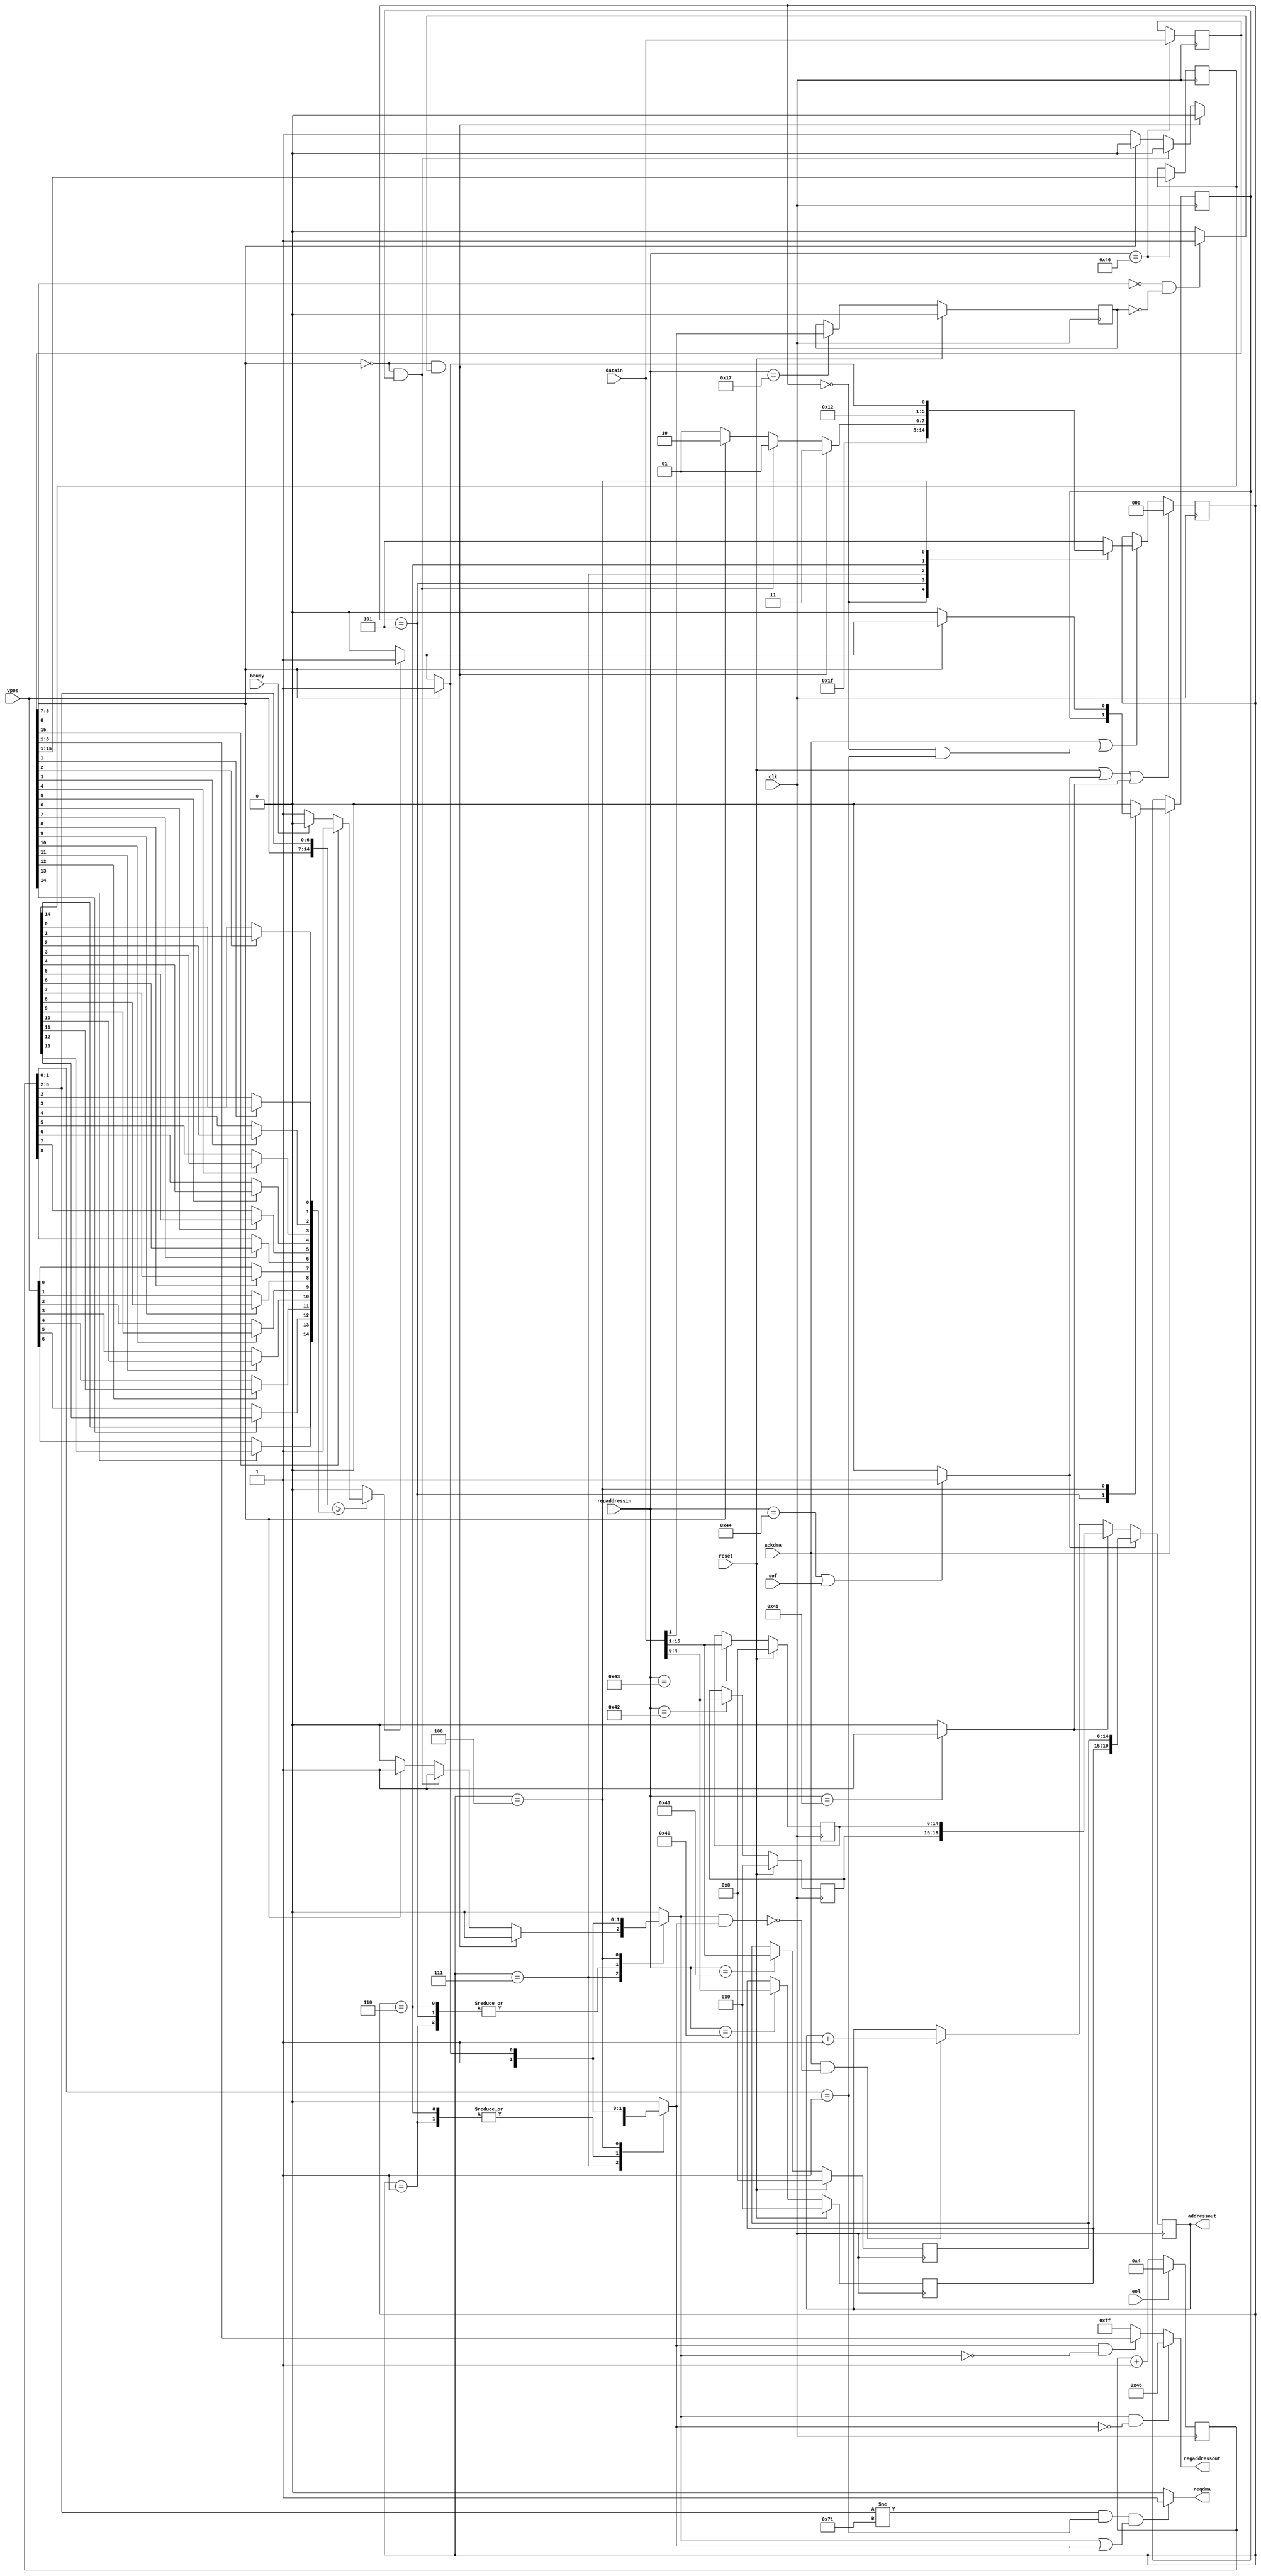
// Copyright 2006, 2007 Dennis van Weeren
//
// This file is part of Minimig
//
// Minimig is free software; you can redistribute it and/or modify
// it under the terms of the GNU General Public License as published by
// the Free Software Foundation; either version 3 of the License, or
// (at your option) any later version.
//
// Minimig is distributed in the hope that it will be useful,
// but WITHOUT ANY WARRANTY; without even the implied warranty of
// MERCHANTABILITY or FITNESS FOR A PARTICULAR PURPOSE.  See the
// GNU General Public License for more details.
//
// You should have received a copy of the GNU General Public License
// along with this program.  If not, see <http://www.gnu.org/licenses/>.
//
//
//
// This is the Copper (part of the Agnus chip)
//
// 24-05-2005	-started coding (created all user accessible registers)
// 25-05-2005	-added beam counter compare logic
// 29-05-2005	-added blitter finished disable logic
//				-added copper danger/address range check logic
//				-added controlling state machine
//				-adapted to use reqdma/ackdma model
//				-first finished version
// 11-09-2005	-added proper reset for copper location registers
// 24-09-2005	-fixed bug, when an illegal register is loaded by MOVE,
//				 the copper must halt until the next strobe or vertical blank.
//				 the copper now does this properly
// 02-10-2005	-modified skip instruction to only skip MOVE instructions.
// 19-10-2005	-replaced vertb (vertical blank) signal by sof (start of frame)
// 07-12-2005	-added dummy cycle after copper wakeup, this is needed for copperlists
//				 that wait for vertical beamcounter rollover ($FFDF,FFFE)
//				 The dummy cycle is indicated by making both selins and selreg high.
// 26-12-2005	-added exception for last cycle of horizontal line, this cycle is not used by copper
//
// JB:
// 2008-03-03	- ECS copper danger behaviour
// 2008-07-08	- cleanup
// 2008-07-17	- real Amiga copper timing (thanks to Toni Wilen for help)
//
// Although I have spent a lot of time trying to figure out the real behaviour of Amiga hardware this solution is far from complete.

module copper
(
	input 	clk,	 					//bus clock
	input 	reset,	 					//reset
	output	reg reqdma,				//copper requests dma cycle
	input	ackdma,						//agnus dma priority logic grants dma cycle
	input	sof,						//start of frame input
	input	eol,						//start of line input
	input	bbusy,						//blitter busy flag input
	input	[7:0]vpos,				//vertical beam counter
	input 	[15:0]datain,	    		//bus data in
	input 	[8:1]regaddressin,		//register address inputs
	output 	reg [8:1]regaddressout, 	//register address outputs
	output 	reg [20:1]addressout 		//chip address outputs
);

//register names and adresses		
parameter COP1LCH=9'h080;
parameter COP1LCL=9'h082;
parameter COP2LCH=9'h084;
parameter COP2LCL=9'h086;
parameter COPCON=9'h02e;
parameter COPINS=9'h08c;
parameter COPJMP1=9'h088;
parameter COPJMP2=9'h08a;

//local signals
reg		[8:0]hpos;		//horizontal beam counter

reg		[20:16]cop1lch;	//copper location register 1
reg		[15:1]cop1lcl;	//copper location register 1
reg		[20:16]cop2lch;	//copper location register 2
reg		[15:1]cop2lcl;	//copper location register 2
reg		cdang;				//copper danger bit
reg		[15:1]ir1;		//instruction register 1
reg		[15:0]ir2;		//instruction register 2
reg		[2:0]copperstate;	//current state of copper state machine
reg		[2:0]coppernext;	//next state of copper state machine

reg		strobe1;			//strobe 1 
reg		strobe2;			//strobe 2 
reg		beammatch;			//true if beamcounters >= value in instruction register
reg		illegalreg;			//illegal register (MOVE instruction)
reg		skipmove;			//skip move instruction latch
reg		selins;				//load instruction register (register address out = COPINS)
reg		selreg;				//load chip register address, when both selins and selreg are active
							//a dummy cycle is executed
reg		skip;				//skip next move instruction (input to skipmove register)

//--------------------------------------------------------------------------------------

//local horizontal counter - to compensate for WAIT instruction delay it is advanced 4 lores pixels
//the last cycle in line is not usable by copper so the max hpos visible to copper is $E2
always @(posedge clk)
	if (eol)
		hpos = 4;
	else
		hpos = hpos + 1;

//write copper location register 1 high and low word
always @(posedge clk)
	if(reset)
		cop1lch[20:16]<=0;
	else if(regaddressin[8:1]==COP1LCH[8:1])
		cop1lch[20:16]<=datain[4:0];
		
always @(posedge clk)
	if(reset)
		cop1lcl[15:1]<=0;
	else if(regaddressin[8:1]==COP1LCL[8:1])
		cop1lcl[15:1]<=datain[15:1];

//write copper location register 2 high and low word
always @(posedge clk)
	if(reset)
		cop2lch[20:16]<=0;
	else if(regaddressin[8:1]==COP2LCH[8:1])
		cop2lch[20:16]<=datain[4:0];

always @(posedge clk)
	if(reset)
		cop2lcl[15:1]<=0;
	else if(regaddressin[8:1]==COP2LCL[8:1])
		cop2lcl[15:1]<=datain[15:1];

//write copcon register (copper danger bit)
always @(posedge clk)
	if(reset)
		cdang<=0;
	else if(regaddressin[8:1]==COPCON[8:1])
		cdang<=datain[1];

//copper instruction registers ir1 and ir2
always @(posedge clk)
	if(regaddressin[8:1]==COPINS[8:1])
	begin
		ir1[15:1]<=ir2[15:1];
		ir2[15:0]<=datain[15:0];
	end

//--------------------------------------------------------------------------------------

//chip address pointer (or copper program counter) controller
always @(posedge clk)
	if (strobe1)//load pointer with location register 1
		addressout[20:1] <= {cop1lch[20:16],cop1lcl[15:1]};
	else if (strobe2)//load pointer with location register 2
		addressout[20:1] <= {cop2lch[20:16],cop2lcl[15:1]};
	else if (ackdma && !(selins && selreg))//increment address pointer (when not dummy cycle) 
		addressout[20:1] <= addressout[20:1] + 1;

//--------------------------------------------------------------------------------------

//regaddress output select
//if selins=1 the address of the copper instruction register
//is sent out (not strictly necessary as we can load copins directly. However, this is 
//more according to what happens in a real amiga... I think), else the contents of
//ir2[8:1] is selected 
//(if you ask yourself: IR2? is this a bug? then check how ir1/ir2 are loaded in this design)
always @(selins or selreg or ir2)
	if (selins && !selreg) //load our instruction register
		regaddressout[8:1] = COPINS[8:1];
	else if (selreg && !selins)//load register in move instruction
		regaddressout[8:1] = ir2[8:1];
	else
		regaddressout[8:1] = 8'hFF;//during dummy cycle null register address is present

//detect illegal register access
always @(ir2 or cdang)
	if((ir2[8:7] == 2'b00) && (cdang==0))//$000 -> $07E illegal if cdang=0
		illegalreg = 1;
	else//$080 -> $1FE always allowed
		illegalreg = 0;

//--------------------------------------------------------------------------------------

//strobe1 (also triggered by sof, start of frame)
always @(regaddressin or sof)
	if( (regaddressin[8:1]==COPJMP1[8:1]) || sof )
		strobe1=1;
	else
		strobe1=0;

//strobe2
always @(regaddressin)
	if(regaddressin[8:1]==COPJMP2[8:1])
		strobe2=1;
	else
		strobe2=0;

//--------------------------------------------------------------------------------------

//beam compare circuitry
//when the mask for a compare bit is 1, the beamcounter is compared with that bit,
//when the mask is 0, the compare bit is replaced with the corresponding beamcounter bit
//itself, thus the compare is always true.
//the blitter busy flag is also checked if blitter finished disable is false

wire [8:2]horcmp;
wire [7:0]vercmp;

//construct compare value for horizontal beam counter (4 lores pixels resolution)
assign horcmp[2]=(ir2[1])?ir1[1]:hpos[2];
assign horcmp[3]=(ir2[2])?ir1[2]:hpos[3];
assign horcmp[4]=(ir2[3])?ir1[3]:hpos[4];
assign horcmp[5]=(ir2[4])?ir1[4]:hpos[5];
assign horcmp[6]=(ir2[5])?ir1[5]:hpos[6];
assign horcmp[7]=(ir2[6])?ir1[6]:hpos[7];
assign horcmp[8]=(ir2[7])?ir1[7]:hpos[8];

//construct compare value for vertical beam counter (1 line resolution)
assign vercmp[0]=(ir2[8])?ir1[8]:vpos[0];
assign vercmp[1]=(ir2[9])?ir1[9]:vpos[1];
assign vercmp[2]=(ir2[10])?ir1[10]:vpos[2];
assign vercmp[3]=(ir2[11])?ir1[11]:vpos[3];
assign vercmp[4]=(ir2[12])?ir1[12]:vpos[4];
assign vercmp[5]=(ir2[13])?ir1[13]:vpos[5];
assign vercmp[6]=(ir2[14])?ir1[14]:vpos[6];
assign vercmp[7]=ir1[15];
 
//final beamcounter compare logic 
//(also takes bbusy/blitter finished disable into account)
always @(hpos or vpos or vercmp or horcmp or ir2[15] or bbusy)
	if({vpos[7:0],hpos[8:2]}>={vercmp[7:0],horcmp[8:2]})
	begin
		if(ir2[15])//blitter finished disabled
			beammatch=1;
		else if(!bbusy)//blitter is finished
			beammatch=1;
		else//blitter not finished yet
			beammatch=0;
	end
	else
		beammatch=0;

//--------------------------------------------------------------------------------------
    
//copper states
parameter RESET1   = 3'b000;
parameter RESET2   = 3'b001;
parameter FETCH1   = 3'b101;
parameter FETCH2   = 3'b111;
parameter DUMMY    = 3'b110;
parameter WAITSKIP = 3'b100;

//copper state machine and skipmove latch
always @(posedge clk)
	if (reset || strobe1 || strobe2)//on strobe or reset fetch first instruction word
		copperstate <= RESET1;
	else if (ackdma || (copperstate==RESET1 && hpos[1:0]==2'b01))//if granted dma cycle go to next state
		copperstate <= coppernext;

always @(posedge clk)
	if (ackdma)//if granted dma cycle go to next state
		skipmove <= skip;

always @(copperstate or ir2 or beammatch or illegalreg or skipmove)
begin
	case(copperstate)
	
		//when COPJMPx is written there is 2 cycle delay before data from new location is read to COPINS
		//usually first cycle is a read of the next instruction to COPINS or bitplane DMA,
		//the second is dma free cycle (it's a dummy cycle requested by copper but not used to transfer data)
		
		//even cycle without dma slot
		RESET1:
		begin
			skip = 0;
			selins = 0;
			selreg = 0;
			coppernext = RESET2;
		end
		
		//dummy cycle with dma slot allocation
		RESET2:
		begin
			skip = 0;
			selins = 1;	//dummy cycle (setting both selins and selreg prevents location pointer from incrementation)
			selreg = 1;
			coppernext = FETCH1;
		end
		
		//fetch first instruction word
		FETCH1:
		begin
			skip = skipmove;
			selins = 1;
			selreg = 0;
			coppernext = FETCH2;
		end

		//fetch second instruction word, skip or do MOVE instruction or halt copper
		FETCH2:			
		begin
			if (!ir2[0] && illegalreg)//illegal MOVE instruction, halt copper
			begin
				skip = 0;
				selins = 0;
				selreg = 0;
				coppernext = FETCH2;
			end
			else if (!ir2[0] && skipmove)//skip this MOVE instruction
			begin
				skip = 0;
				selins = 1;
				selreg = 0;
				coppernext = FETCH1;
			end
			else if(!ir2[0])//MOVE instruction
			begin
				skip = 0;
				selins = 0;
				selreg = 1;
				coppernext = FETCH1;
			end
			else//fetch second instruction word of WAIT or SKIP instruction
			begin
				skip = 0;
				selins = 1;
				selreg = 0;
				coppernext = DUMMY;
			end
		end
		
		//both SKIP and WAIT have the same timing when WAIT is immediatelly complete
		//both this instructions complete in 4 cycles and these cycles must be allocated dma cycles
		//first cycle seems to be dummy
		DUMMY:
		begin
			skip = 0;
			selins = 1;//both selins and selreg high --> this is a dummy cycle
			selreg = 1;//both selins and selreg high --> this is a dummy cycle
			coppernext = WAITSKIP;
		end
		
		//second cycle of WAIT or SKIP (allocated dma)
		//WAIT or SKIP instruction
		WAITSKIP:
		begin
			if (!ir2[0])//WAIT instruction
			begin
				if (beammatch)//wait is over, fetch next instruction
				begin
					skip = 0;
					selins = 1;//both selins and selreg high --> this is a dummy cycle
					selreg = 1;//both selins and selreg high --> this is a dummy cycle
					coppernext = FETCH1;
				end
				else//still waiting
				begin
					skip = 0;
					selins = 0;
					selreg = 0;
					coppernext = WAITSKIP;
				end
			end
			else//SKIP instruction
			begin
				if (beammatch)//compare is true, fetch next instruction and skip it if it's MOVE
				begin
					skip = 1;
					selins = 1;
					selreg = 1;
					coppernext = FETCH1;
				end
				else//do not skip, fetch next instruction
				begin
					skip = 0;
					selins = 1;
					selreg = 1;
					coppernext = FETCH1;
				end
			end
		end
		
		//default, go back to reset state
		default:
		begin
			skip = 1'b0;
			selins = 1'b0;
			selreg = 1'b0;
			coppernext = FETCH1;
		end
		
	endcase
end	

//--------------------------------------------------------------------------------------

//generate request dma (reqdma) signal			 
//for a dma to be requested first of all the cycle must be right (hpos[1:0])
//(copper only uses even cycles: hpos[1:0]==2'b01)
//second, selins or selreg must be true (state machine request bus operation)
//the last cycle in a line is not usable by the copper (see AHRM)
always @(selins or selreg or hpos[1:0])
	if( (hpos[8:2]!=7'b1110001) && (hpos[1:0]==2'b01) && (selins || selreg) )//request dma cycle
		reqdma=1;		
	else
		reqdma=0;

//--------------------------------------------------------------------------------------

endmodule